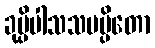
ခုပ္ပိပါသသမပ္ပိတော